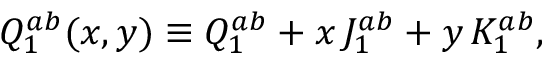
Q _ { 1 } ^ { a b } ( x , y ) \equiv Q _ { 1 } ^ { a b } + x \, J _ { 1 } ^ { a b } + y \, K _ { 1 } ^ { a b } ,